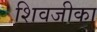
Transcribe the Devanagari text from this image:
शिवजीका